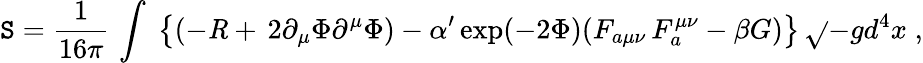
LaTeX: \mathtt{S}=\frac{{1}}{{16\pi}}\, \int\; \left\{ (-{\mathit{R}}+\, 2\partial_{\mu}\Phi\partial^{\mu}\Phi)-\alpha^{\prime}\exp(-2\Phi)(F_{a\mu\nu}\, F_{a}^{\mu\nu}-\beta{G})\right\} \, \sqrt{}{{-g}}d^{4}x\; ,